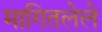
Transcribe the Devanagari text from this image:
मागितलेले